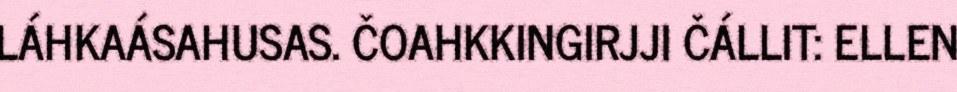
LÁHKAÁSAHUSAS. ČOAHKKINGIRJJI ČÁLLIT: ELLEN